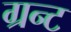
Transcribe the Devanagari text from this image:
ग्रन्ट